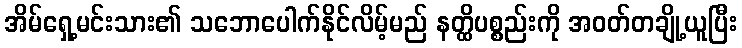
အိမ်ရှေ့မင်းသား၏ သဘောပေါက်နိုင်လိမ့်မည် နတ္ထိပစ္စည်းကို အဝတ်တချို့ယူပြီး